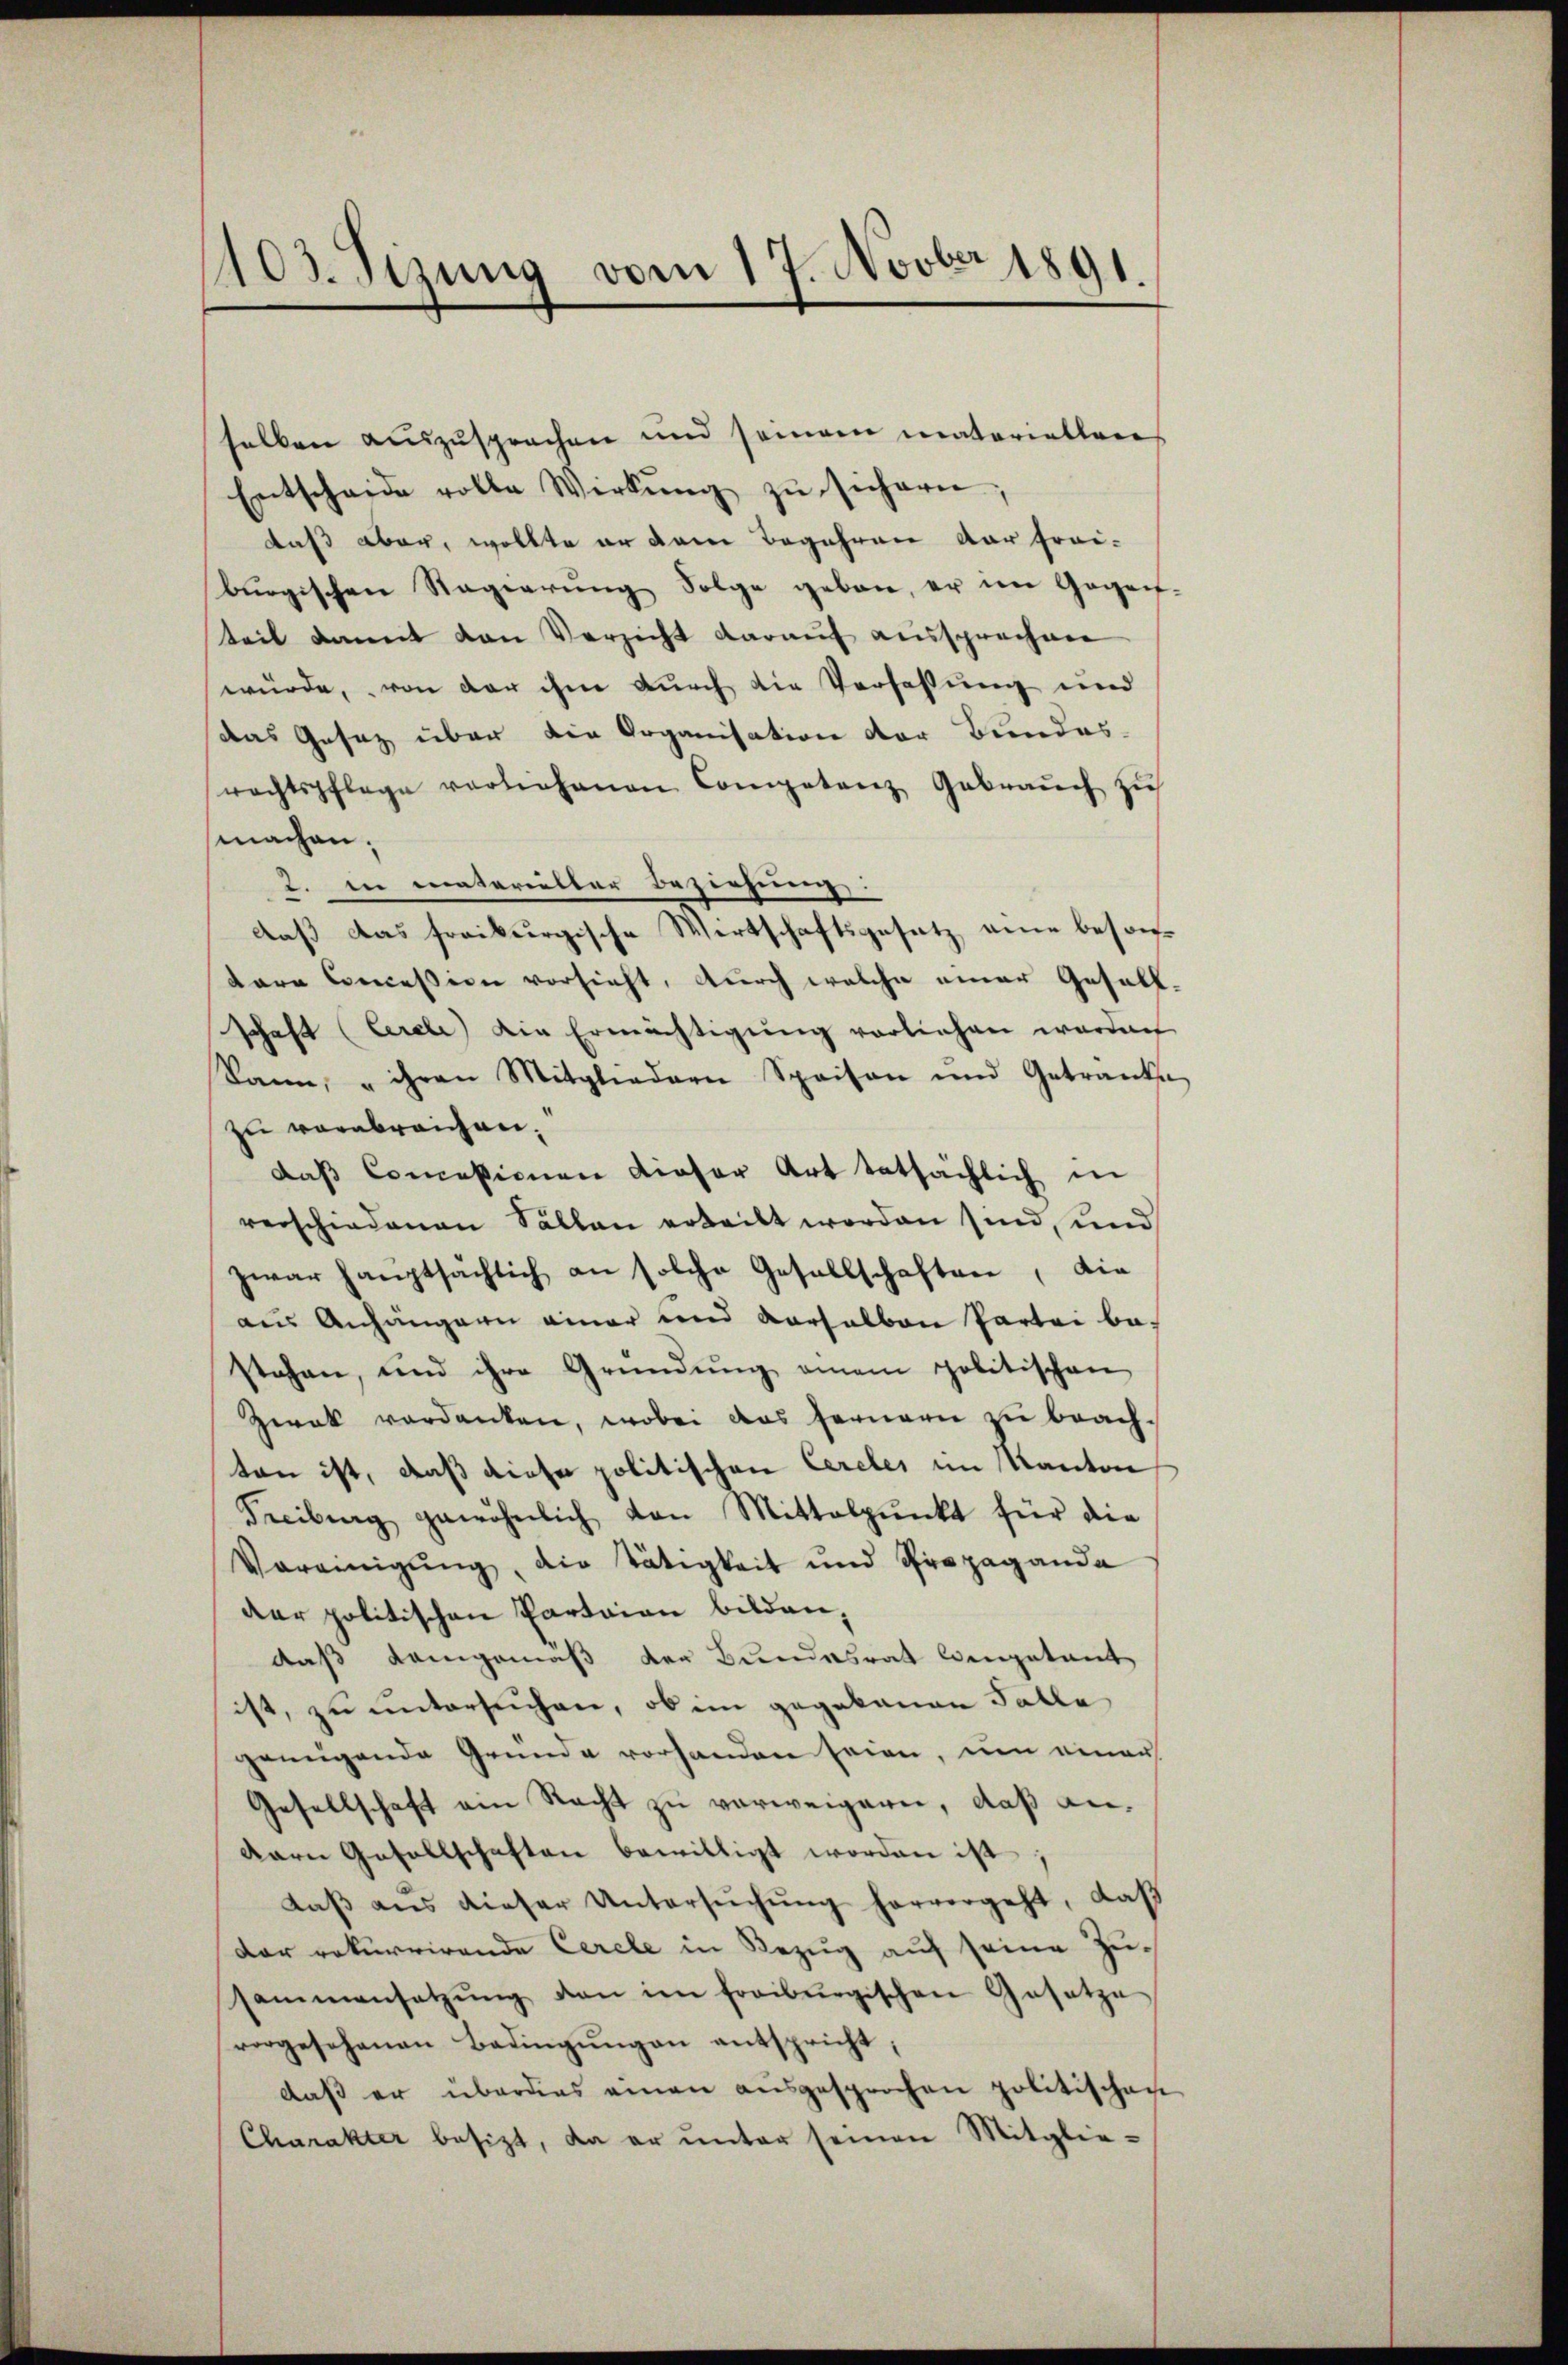
103. Sizung vom 17. Novber 1891

selben auszusprochen und seinem materiellen
Entscheide volle Wirkŭng zŭ sichern;
daß aber, wollte er dem Begehren der frei-
burgischen Ragierŭng Folge geben, er im Gegen-
teit damit den Versicht darauf aussprechen
würde, von der ihm durch die Verfassung und
das Gesetz über die Organisation der Bundes-
rechtspflage vorliehenen Competenz Gebraŭch zŭ
machen.
2. in materietter Beziehung
daβ das freiburgische Wertschaftsgesetz eine besonkara Concession vorsieht, durch welche einer Gesell-
schaft (Cerele) die Ermächtigŭng vorliehen worden
kann, " ihren Mitgliedern Spaison und Getranke
zu verabreichen.
das Concessionen dieser Art tatsächlich in
verschiedenen Sällen erteilt worden sind, und
zwar haŭptsächlich an solche Gesellschaften, die
aus Anhängern einer und verselben Partei be-
stehen, und ihre Gründŭng einem politischen
Zwak verdanken, wobei das fernern zu brachten ist, daß diese politischen Cercles im Kanton
Freibung gewöhnlich von Mittelpunkt für die
Vereinigŭng, die Tätigkeit und Propaganda
der politischen Parteien bilden,
daß demgemäß der Bundesrat legatant
ist, zu untersuchen, ob im gegebenen Falle
genügende Gründe vorhanden seien, um einer
Gesellschaft ein Nacht zŭ verweigern, daß andern Gesellschaften bewilligt worden ist;
daβ aŭs dieser Untersŭchŭng hervorgeht, daβ
Der rekurrirende Cerele in Bezug auf seine Zusammensetzŭng von im freiburgischen Gesetze
vorgesehenen Bedingŭngen entspricht;
daß er überdies einen aŭsgesprochen politischen
Charakter besizt, da er unter seinen Mitglie-